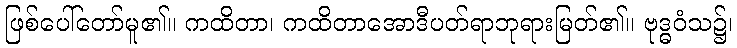
ဖြစ်ပေါ်တော်မူ၏။ ကထိတာ၊ ကထိတာအောဒီပတ်ရာဘုရားမြတ်၏။ ဗုဒ္ဓဝံသ၌၊